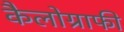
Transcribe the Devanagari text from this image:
कैलोग्राफी